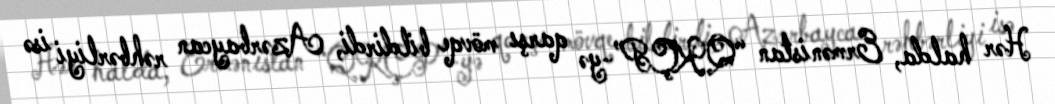
Hər halda, Ermənistan “QKÇP”-yə qarşı mövqe bildirdi, Azərbaycan rəhbərliyi isə